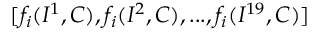
[ f _ { i } ( I ^ { 1 } , C ) , f _ { i } ( I ^ { 2 } , C ) , . . . , f _ { i } ( I ^ { 1 9 } , C ) ]